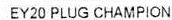
EY20 PLUG CHAMPION